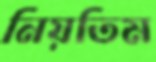
নিয়তিম